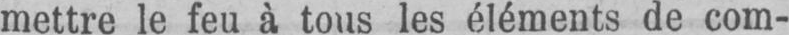
mettre le feu à tous les éléments de com-